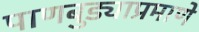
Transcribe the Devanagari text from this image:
पाणबुड्याप्रमाणे